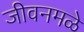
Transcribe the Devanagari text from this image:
जीवनमळे